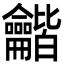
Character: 龤